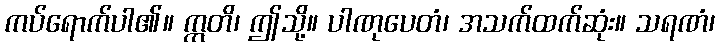
ကပ်ရောက်ပါ၏။ ဣတိ၊ ဤသို့။ ပါဏုပေတံ၊ အသက်ထက်ဆုံး။ သရဏံ၊